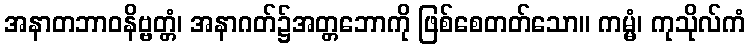
အနာတဘာဝနိဗ္ဗတ္တံ၊ အနာဂတ်၌အတ္တဘောကို ဖြစ်စေတတ်သော။ ကမ္မံ၊ ကုသိုလ်ကံ